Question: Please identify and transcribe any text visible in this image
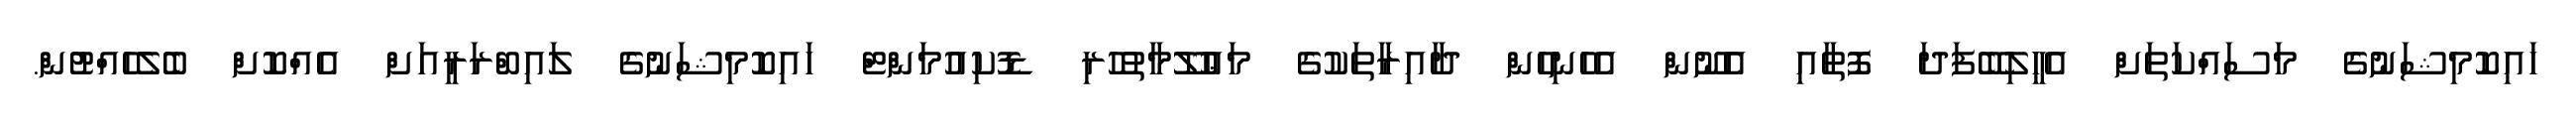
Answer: ހައިކޮމިޝަނުގެ މަސައްކަތަށް އެހީލިބޭފަދަ ފޮތާއި އެނޫން އެހެނިހެން ދާއިރާތަކުގެ މަޢުލޫމާތުހުރި ޑޮކިއުމަންޓް ހައިކޮމިޝަނުގެ ލައިބްރަރީއަށް އެއްކޮށް ބެލެހެއްޓުން.